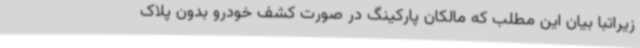
زیراتبا بیان این مطلب که مالکان پارکینگ در صورت کشف خودرو بدون پلاک